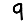
Digit: 9